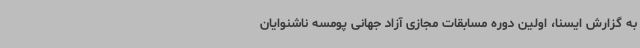
به گزارش ایسنا، اولین دوره مسابقات مجازی آزاد جهانی پومسه ناشنوایان